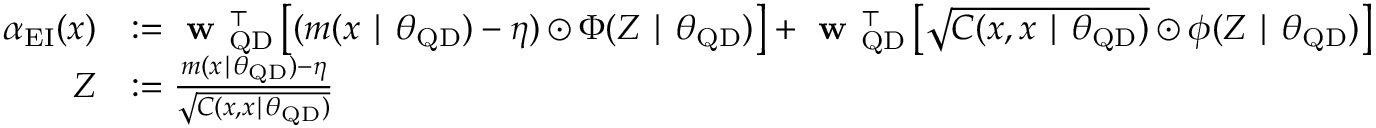
\begin{array} { r l } { \alpha _ { \mathrm { E I } } ( x ) } & { : = \textbf { w } _ { \mathrm { Q D } } ^ { \top } \left[ ( m ( x \mid \boldsymbol \theta _ { \mathrm { Q D } } ) - \boldsymbol \eta ) \odot \Phi ( Z \mid \boldsymbol \theta _ { \mathrm { Q D } } ) \right] + \textbf { w } _ { \mathrm { Q D } } ^ { \top } \left[ \sqrt { C ( x , x \mid \boldsymbol \theta _ { \mathrm { Q D } } ) } \odot \phi ( Z \mid \boldsymbol \theta _ { \mathrm { Q D } } ) \right] } \\ { Z } & { : = \frac { m ( x \mid \boldsymbol \theta _ { \mathrm { Q D } } ) - \boldsymbol \eta } { \sqrt { C ( x , x \mid \boldsymbol \theta _ { \mathrm { Q D } } ) } } } \end{array}